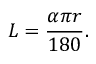
L = { \frac { \alpha \pi r } { 1 8 0 } } .